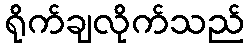
ရိုက်ချလိုက်သည်